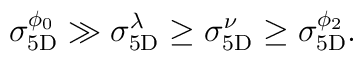
\sigma_{\rm 5D}^{\phi_0} \gg \sigma_{\rm 5D}^{\lambda} \geq \sigma_{\rm 5D}^{\nu} \geq \sigma_{\rm 5D}^{\phi_2}.